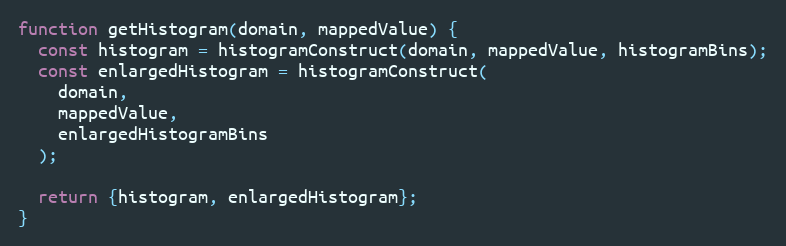
Language: JavaScript
function getHistogram(domain, mappedValue) {
  const histogram = histogramConstruct(domain, mappedValue, histogramBins);
  const enlargedHistogram = histogramConstruct(
    domain,
    mappedValue,
    enlargedHistogramBins
  );

  return {histogram, enlargedHistogram};
}